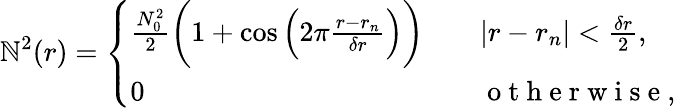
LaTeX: \mathbb{N}^{2}(r)=\left\{ \begin{array}{ll}{\frac{N_{0}^{2}}{2}\bigg(1+\cos\Big(2\pi\frac{r-r_{n}}{\delta r}\Big)\bigg)\quad}&{|r-r_{n}|<\frac{\delta r}{2},}\\ {0\quad}&{\mathrm{~o~t~h~e~r~w~i~s~e~},}\end{array}\right.